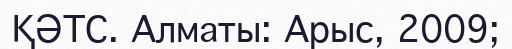
ҚӘТС. Алматы: Арыс, 2009;